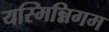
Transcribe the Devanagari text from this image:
यस्मिन्निगम